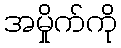
အမှိုက်ကို